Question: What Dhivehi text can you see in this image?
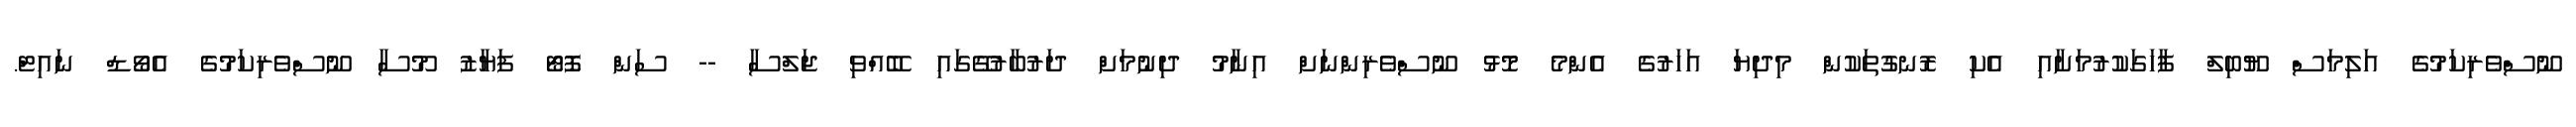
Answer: ނޫސްވެރިކަމުގެ އަލިމަސް ޔޫބިލް ފާހަގަކުރުމަށާއި އެކި ރޮނގުތަކުން މިދިޔަ އަހަރުގެ އެންމެ މޮޅު ނޫސްވެރިންނަށް އިނާމު ދިނުމަށް ދަރުބާރުގޭގައި ބޭއްވި ޖަލްސާ -- ސަން ފޮޓޯ ފަޔާޒު މޫސާ ނޫސްވެރިކަމުގެ އެވޯޑް ނައިޓް.